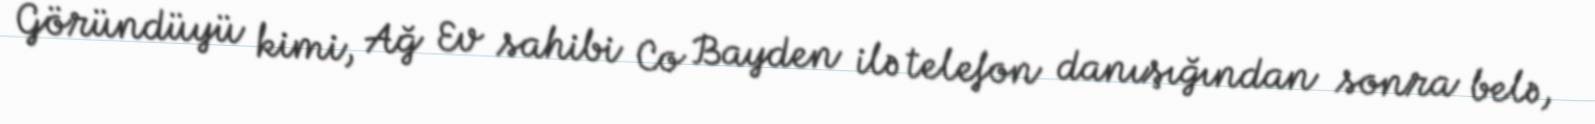
Göründüyü kimi, Ağ Ev sahibi Co Bayden ilə telefon danışığından sonra belə,